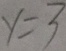
y = 3